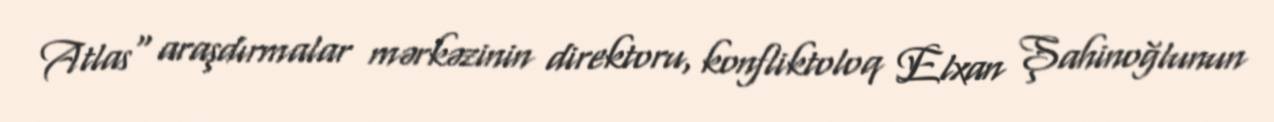
Atlas" araşdırmalar mərkəzinin direktoru, konfliktoloq Elxan Şahinoğlunun